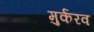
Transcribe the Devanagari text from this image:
मुर्करव